Indian Civil Veterinary Department memoirs
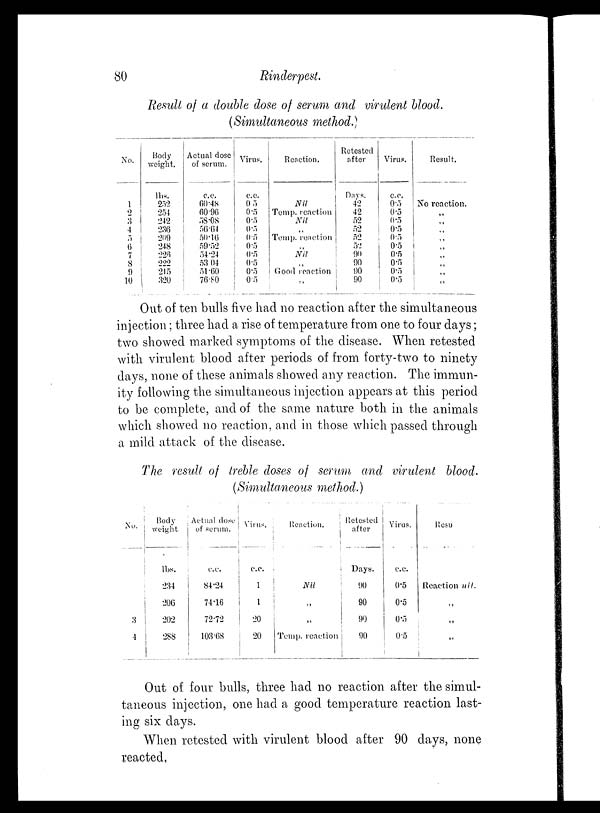
80
Rinderpest.
Result of a double dose of serum and virulent blood.
(Simultaneous method.)
No.
1
2
3
4
5
6
7
8
9
10
Body
weight.
lbs.
252
254
242
236
209
248
226
222
215
320
Actual dose
of serum.
c.c.
60.48
60.96
58.08
56.64
50.16
59.52
54.24
53.04
51.60
76.80
Virus.
c.c.
0.5
0.5
0.5
0.5
0.5
0.5
0.5
0.5
0.5
0.5
Reaction.
Nil
Temp. reaction
Nil
„
Temp. reaction
Nil
„
Good reaction
„
Retested
after
Days.
42
42
52
52
52
52
90
90
90
90
Virus.
c.c.
0.5
0.5
0.5
0.5
0.5
0.5
0.5
0.5
0.5
0.5
Result.
No reaction.
„
„
„
„
„
„
„
„
„
Out of ten bulls five had no reaction after the simultaneous
injection; three had a rise of temperature from one to four days;
two showed marked symptoms of the disease. When retested
with virulent blood after periods of from forty-two to ninety
days, none of these animals showed any reaction. The immun-
ity following the simultaneous injection appears at this period
to be complete, and of the same nature both in the animals
which showed no reaction, and in those which passed through
a mild attack of the disease.
The result of treble doses of serum and virulent blood.
(Simultaneous method.)
No.
3
4
Body
weight.
lbs.
234
206
202
288
Actual dose
of serum.
c.c.
84.24
74.16
72.72
103.68
Virus.
c.c.
1
1
20
20
Reaction.
Nil
„
„
Temp. reaction
Retested
after
Days.
90
90
90
90
Virus.
c.c.
0.5
0.5
0.5
0.5
Resu
Reaction nil.
„
„
„
Out of four bulls, three had no reaction after the simul-
taneous injection, one had a good temperature reaction last-
ing six days.
When retested with virulent blood after 90 days, none
reacted,